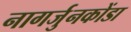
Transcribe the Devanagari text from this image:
नागर्जुनकोंडा